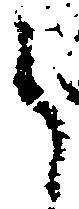
く